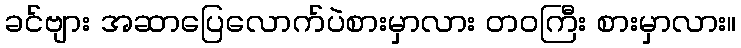
ခင်ဗျား အဆာပြေလောက်ပဲစားမှာလား တဝကြီး စားမှာလား။